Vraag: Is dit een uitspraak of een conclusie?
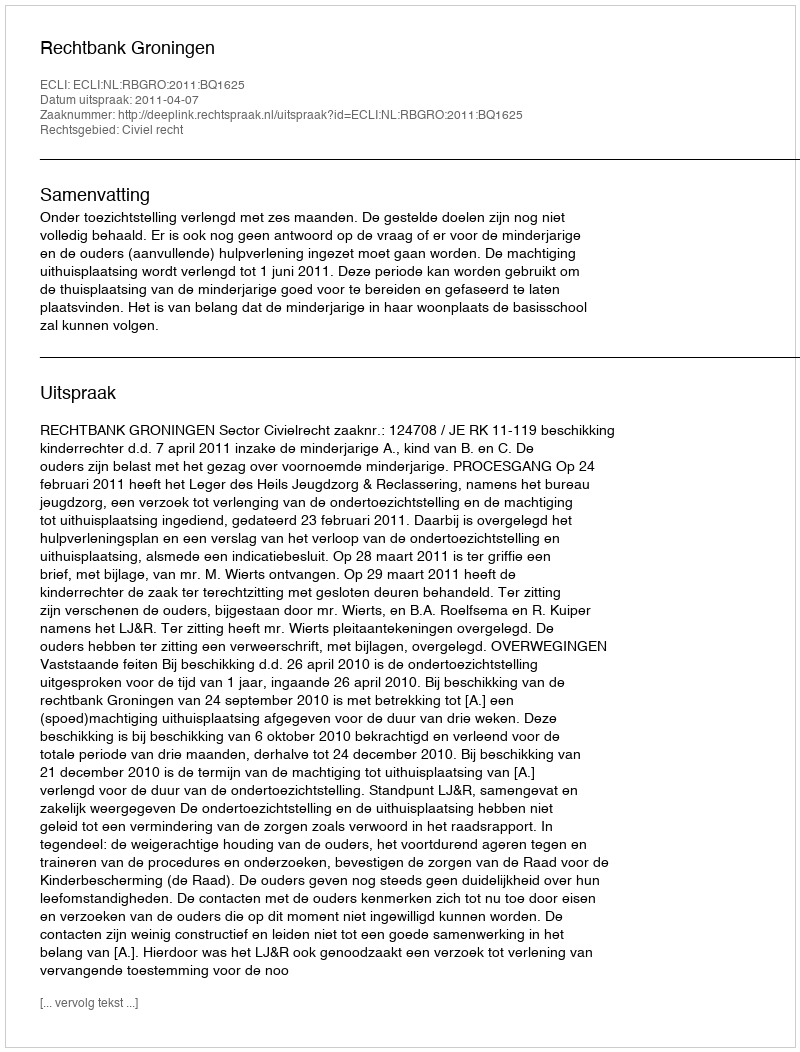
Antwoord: Uitspraak